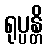
ရုပ္ပန္တိ